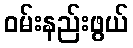
ဝမ်းနည်းဖွယ်